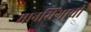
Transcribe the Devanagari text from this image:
मानसिंगाची